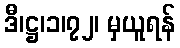
ဒီ၊ဋ္ဌ၊၁၊၇၂၊ မှယူရန်